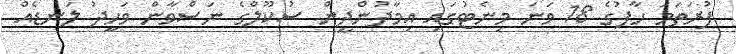
ފުރަތަމަ ހާފުގެ 18 ވަނަ މިނެޓުގައި އިމާދުންދީން ސުކޫލްގެ ނަސްވާން ވަހީދު ލަނޑެއް